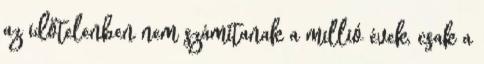
az időtelenben nem számítanak a millió évek, csak a